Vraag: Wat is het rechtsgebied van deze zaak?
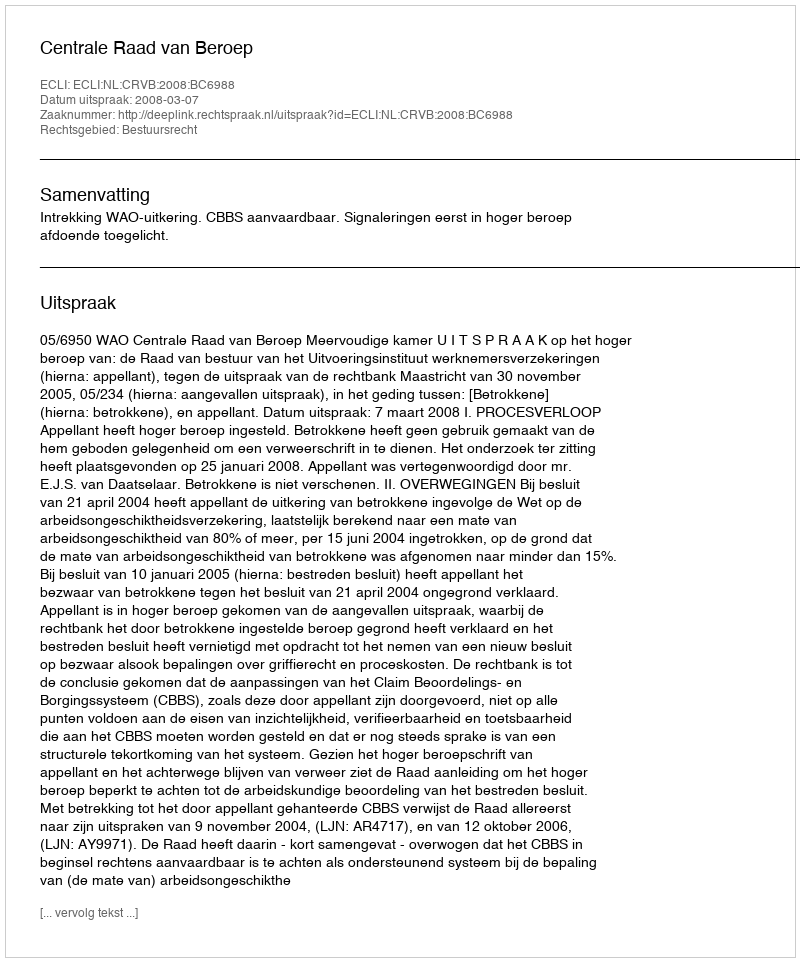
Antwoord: Bestuursrecht